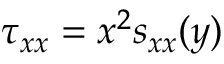
\tau _ { x x } = x ^ { 2 } s _ { x x } ( y )